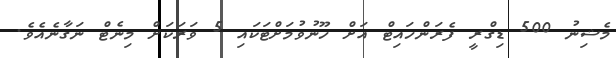
މެޝިނު 500 ޑިގްރީ ފެރަންހައިޓް އަށް ހޫނުވުމަށްޓަކައި 5 ވަރަކަށް މިނެޓް ނަގާނެއެވެ.